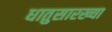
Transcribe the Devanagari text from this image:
धातुसारख्या